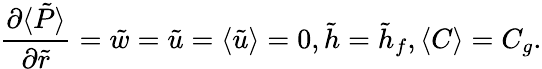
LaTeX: \frac{\partial\langle\tilde{P}\rangle}{\partial\tilde{r}}=\tilde{w}=\tilde{u}=\langle\tilde{u}\rangle=0,\tilde{h}=\tilde{h}_{f},\langle C\rangle=C_{g}.